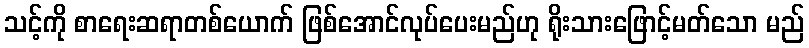
သင့်ကို စာရေးဆရာတစ်ယောက် ဖြစ်အောင်လုပ်ပေးမည်ဟု ရိုးသားဖြောင့်မတ်သော မည်